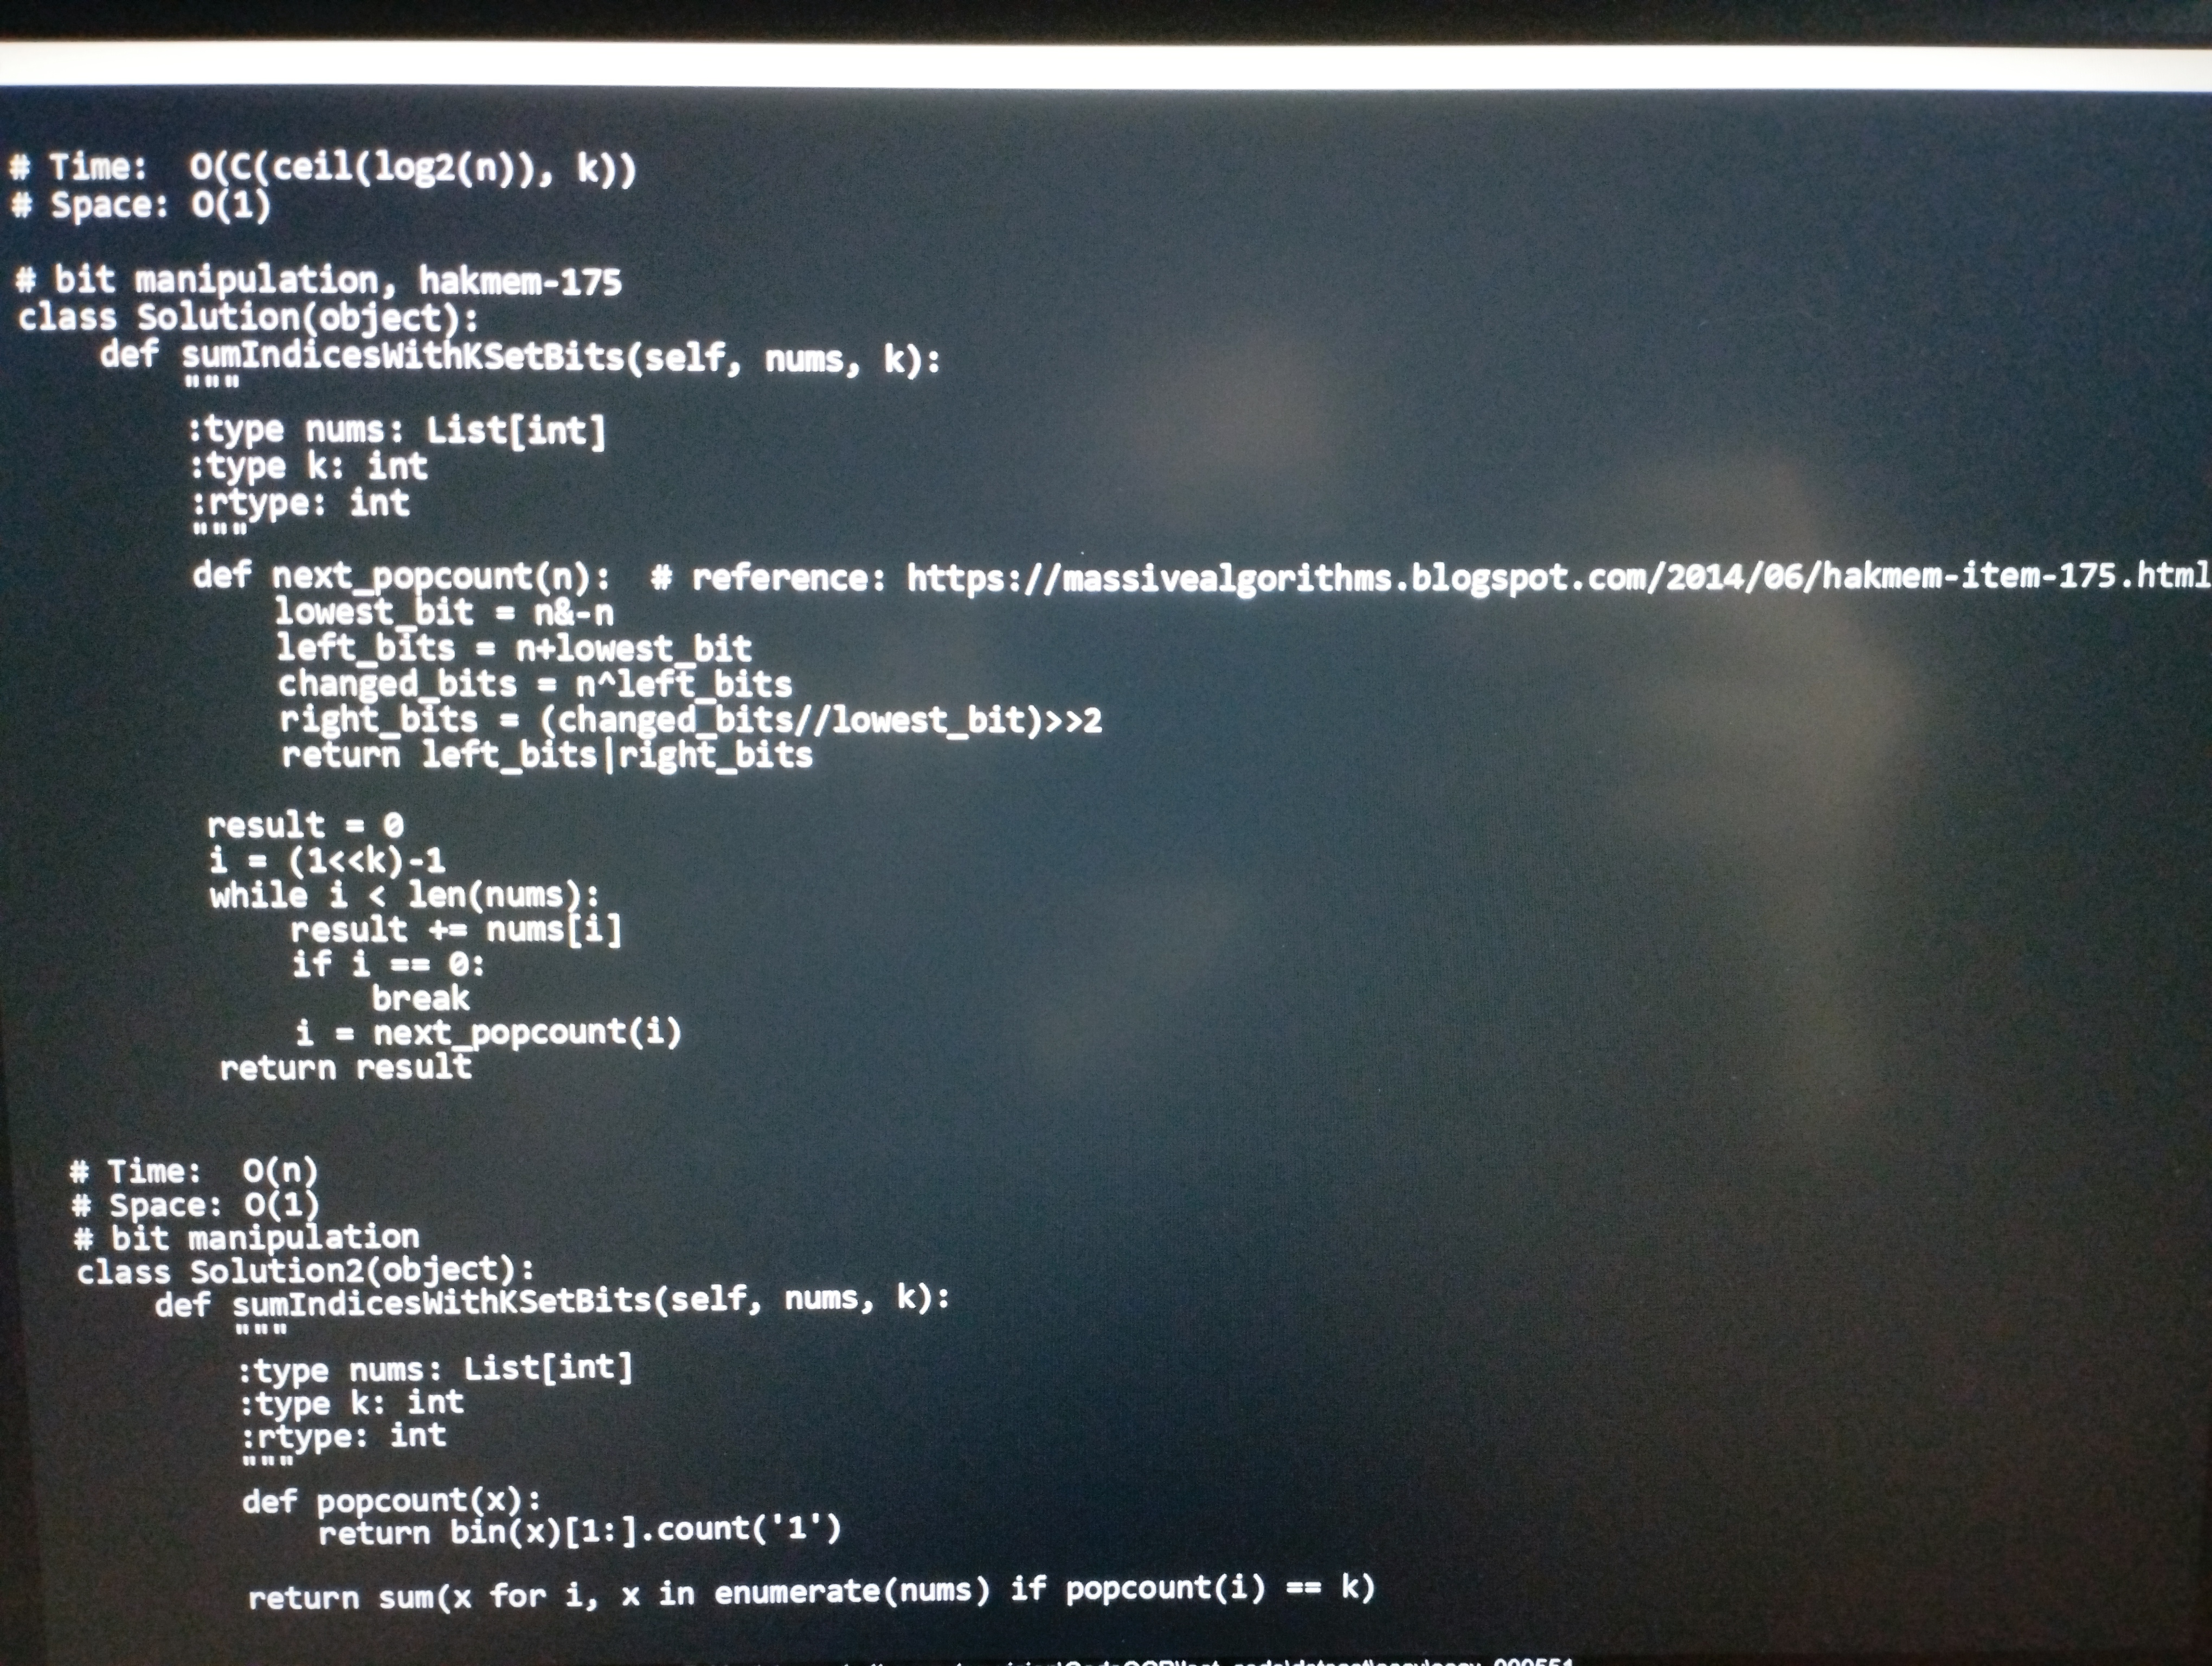
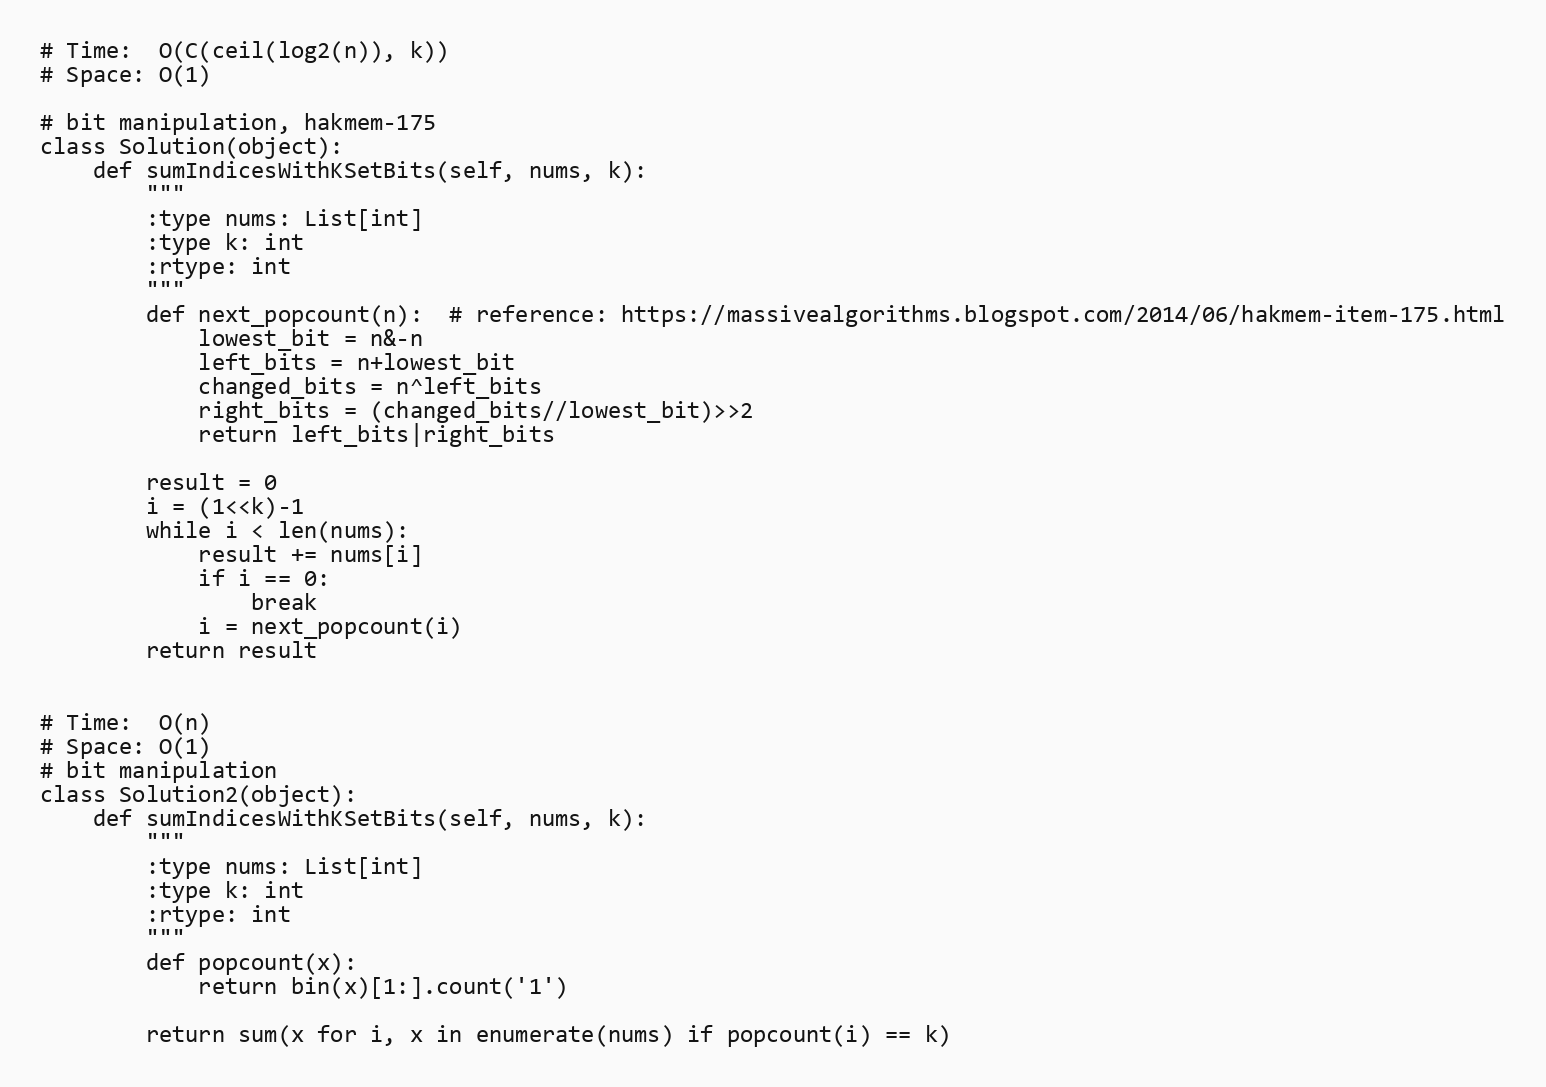
# Time:  O(C(ceil(log2(n)), k))
# Space: O(1)

# bit manipulation, hakmem-175
class Solution(object):
    def sumIndicesWithKSetBits(self, nums, k):
        """
        :type nums: List[int]
        :type k: int
        :rtype: int
        """
        def next_popcount(n):  # reference: https://massivealgorithms.blogspot.com/2014/06/hakmem-item-175.html
            lowest_bit = n&-n
            left_bits = n+lowest_bit
            changed_bits = n^left_bits
            right_bits = (changed_bits//lowest_bit)>>2
            return left_bits|right_bits

        result = 0
        i = (1<<k)-1
        while i < len(nums):
            result += nums[i]
            if i == 0:
                break
            i = next_popcount(i)
        return result

# Time:  O(n)
# Space: O(1)
# bit manipulation
class Solution2(object):
    def sumIndicesWithKSetBits(self, nums, k):
        """
        :type nums: List[int]
        :type k: int
        :rtype: int
        """
        def popcount(x):
            return bin(x)[1:].count('1')

        return sum(x for i, x in enumerate(nums) if popcount(i) == k)